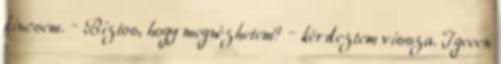
kincsem. – Biztos, hogy megnézhetem? – kérdeztem vissza. Igeeen